[Report on the health of British troops in the Madras command]
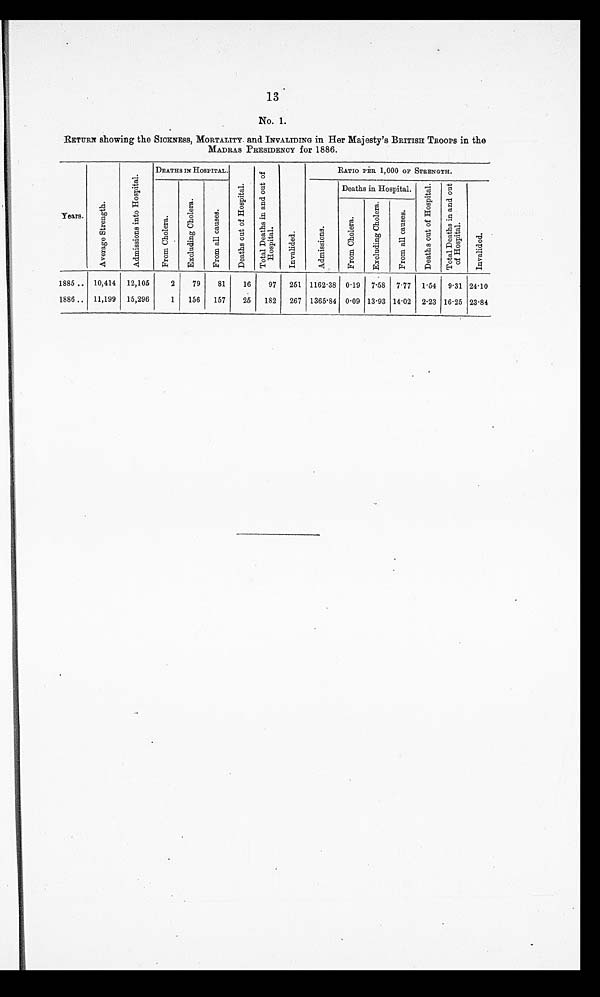
13
No. 1.
RETURN showing the SICKNESS, MORTALITY. and INVALIDING in Her Majesty ' s BRITISH TROOPS in the
MADRAS PRESIDENCY for 1886.
Years. A d m i s s i o n s s t r e n g t h .
A d m i s s i o n s n t o H o s p i t a l .
DEATHS IN HOSPITAL.
D e a t h s o u t H o s p i t a l .
0
T o t a l D e a t h s i n a n d o u t o f
Ho s p i t a l
.
I nval i ded.
RATIO PER 1,000 OP STRENGTH.
F r o m Ch o l e r a .
E x c l u d i n g C h
F r o m a l l c a u s e s .
A d mi s s i o n s .
.
Deaths in Hospital.
D e a t h s o u t o f H o s p i t a l .
._
T o t a l D e a t h s i n a n d o u t o f H o s p i t a l .
I n v a l i e d .
F r o m C h o l e r a .
E x c l u d i n g c h o l e r a .
F r o m a l l c a u s e s .
1885.. 10,414 12,106
2
79
81
16
97 251 1162.38 0.19 7.58 7.77 1.54 9.31 24.10
1886 .. 11,199 15,296
1 156 157
25 182 267 1365.84 0.09 13.93 14.02 2.23 16.25 23.84